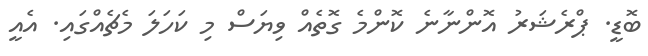
ބޮޑީ. ޕްރެޝަރު އޮންނާނެ ކޮންމެ ގޮތެއް ވިޔަސް މި ކަހަލަ މެޗެއްގައި. އެއީ